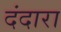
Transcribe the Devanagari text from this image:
दंदारा